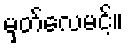
မှတ်လေမင့်။